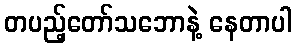
တပည့်တော်သဘောနဲ့ နေတာပါ